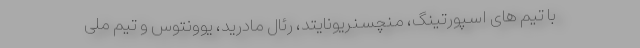
با تیم های اسپورتینگ، منچسنریونایتد، رئال مادرید، یوونتوس و تیم ملی